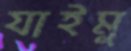
যাইমু